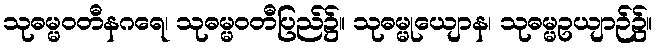
သုဓမ္မဝတီနဂရေ၊ သုဓမ္မဝတီပြည်၌။ သုဓမ္မုယျောန၊ သုဓမ္မဥယျာဉ်၌။